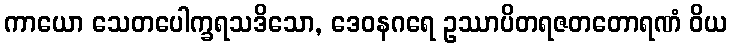
ကာယော သေတပေါက္ခရသဒိသော, ဒေဝနဂရေ ဥဿာပိတရဇတတောရဏံ ဝိယ